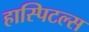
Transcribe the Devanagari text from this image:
हास्पिटल्स